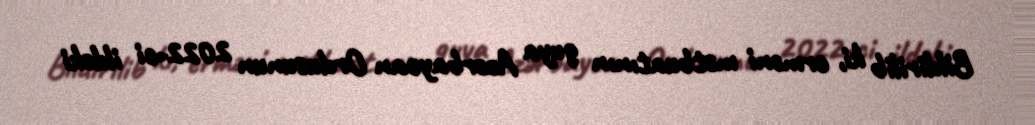
Bildirilib ki, erməni mətbuatının guya Azərbaycan Ordusunun 2022-ci ildəki